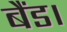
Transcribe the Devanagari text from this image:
बैंड।